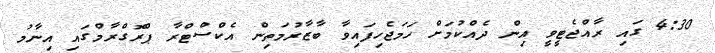
4:30 ގައި ރާއްޖެޓީވީ އިން ދެއްކުމަށް ހަމަޖެހިފައިވާ ބާޒާރުމަތިން އެކްސްޓްރާ ޕްރޮގްރާމްގައި އިނާމު